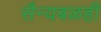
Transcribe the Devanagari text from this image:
सैन्यबळही